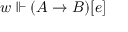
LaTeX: w \Vdash ( A \to B ) [ e ]